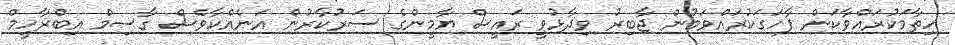
ހިތާމަކުރައްވާކަން ފާހަގަކުރައްވަމުން ޖާބިރު ވިދާޅުވީ ރައީސް ޔާމީންގެ ސަރުކާރުން އަނެއްކާވެސް ގާސިމް އިބްރާހީމް